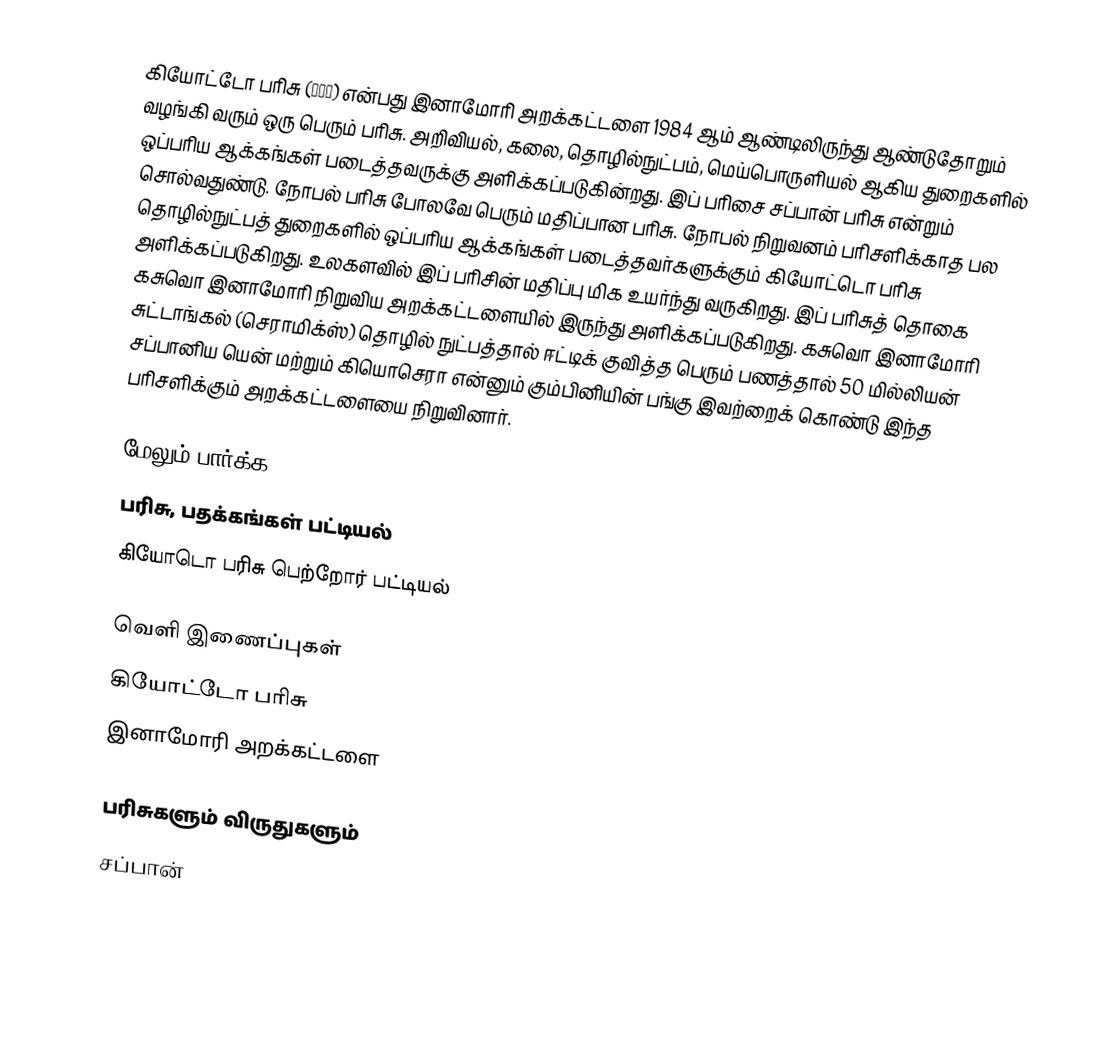
கியோட்டோ பரிசு (京都賞) என்பது இனாமோரி அறக்கட்டளை 1984 ஆம் ஆண்டிலிருந்து ஆண்டுதோறும் வழங்கி வரும் ஒரு பெரும் பரிசு. அறிவியல், கலை, தொழில்நுட்பம், மெய்பொருளியல் ஆகிய துறைகளில் ஒப்பரிய ஆக்கங்கள் படைத்தவருக்கு அளிக்கப்படுகின்றது. இப் பரிசை சப்பான் பரிசு என்றும் சொல்வதுண்டு. நோபல் பரிசு போலவே பெரும் மதிப்பான பரிசு. நோபல் நிறுவனம் பரிசளிக்காத பல தொழில்நுட்பத் துறைகளில் ஒப்பரிய ஆக்கங்கள் படைத்தவர்களுக்கும் கியோட்டொ பரிசு அளிக்கப்படுகிறது. உலகளவில் இப் பரிசின் மதிப்பு மிக உயர்ந்து வருகிறது. இப் பரிசுத் தொகை கசுவொ இனாமோரி நிறுவிய அறக்கட்டளையில் இருந்து அளிக்கப்படுகிறது. கசுவொ இனாமோரி சுட்டாங்கல் (செராமிக்ஸ்) தொழில் நுட்பத்தால் ஈட்டிக் குவித்த பெரும் பணத்தால் 50 மில்லியன் சப்பானிய யென் மற்றும் கியொசெரா என்னும் கும்பினியின் பங்கு இவற்றைக் கொண்டு இந்த பரிசளிக்கும் அறக்கட்டளையை நிறுவினார்.

மேலும் பார்க்க
 பரிசு, பதக்கங்கள் பட்டியல்
 கியோடொ பரிசு பெற்றோர் பட்டியல்

வெளி இணைப்புகள்
 கியோட்டோ பரிசு
 இனாமோரி அறக்கட்டளை

பரிசுகளும் விருதுகளும்
சப்பான்